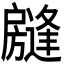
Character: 𱟧